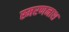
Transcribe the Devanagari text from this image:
स्मरणनाश